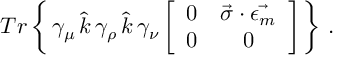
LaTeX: T r \left\{ \, \gamma _ { \mu } \, \hat { k } \, \gamma _ { \rho } \, \hat { k } \, \gamma _ { \nu } \left[ \begin{array} { c c } { { 0 } } & { { \vec { \sigma } \cdot \vec { \epsilon _ { m } } } } \\ { { 0 } } & { { 0 } } \end{array} \right] \, \right\} \, .